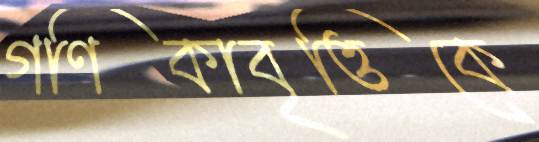
গণিকাবৃত্তিকে